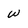
Character: w